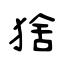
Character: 猞